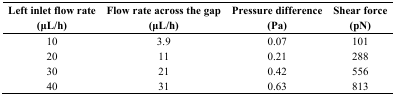
| Left inlet flow rate (μL/h) | Flow rate across the gap (μL/h) | Pressure difference (Pa) | Shear force (pN) |
 | --- | --- | --- | --- |
 | 10 | 3.9 | 0.07 | 101 |
 | 20 | 11 | 0.21 | 288 |
 | 30 | 21 | 0.42 | 556 |
 | 40 | 31 | 0.63 | 813 |